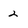
Character: 2